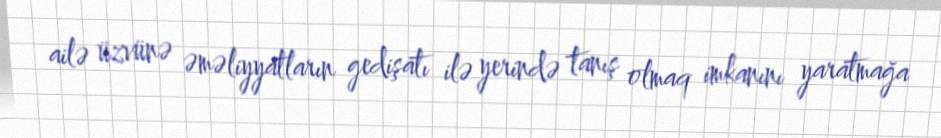
ailə üzvünə əməliyyatların gedişatı ilə yerində tanış olmaq imkanını yaratmağa